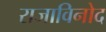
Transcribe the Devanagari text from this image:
राजाविनोद